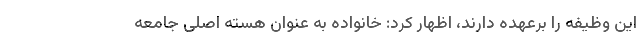
این وظیفه را برعهده دارند، اظهار کرد: خانواده به عنوان هسته اصلی جامعه